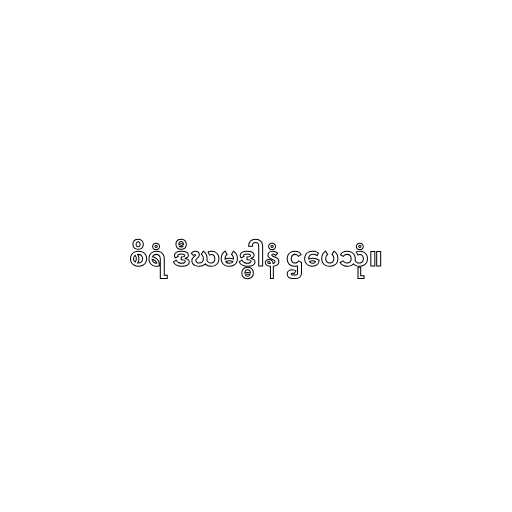
စိရံ ဒီဃမဒ္ဓါနံ ဌပေသုံ။